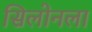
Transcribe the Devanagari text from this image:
सिलोनला